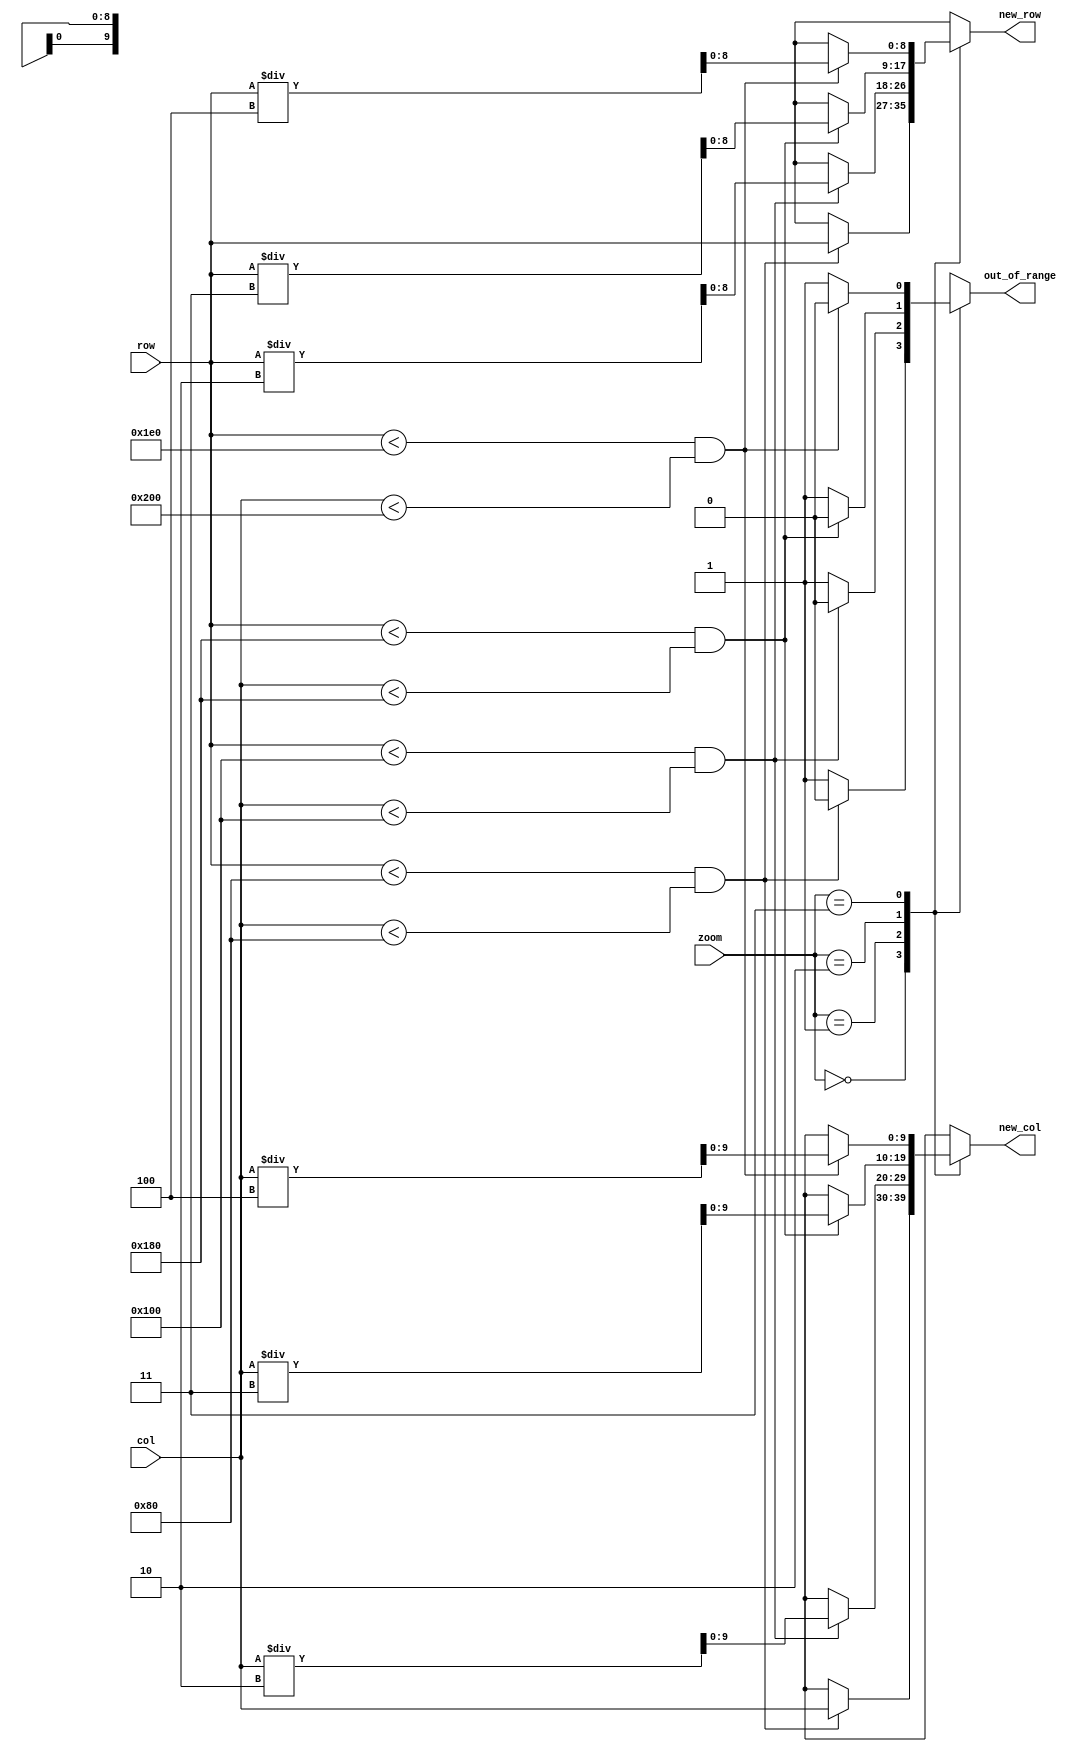
module conv_coord(zoom, col, row, new_col, new_row, out_of_range);

input [1:0] zoom;
input  [9:0]  col;
input  [8:0]  row;

output [9:0] new_col;
output [8:0] new_row;
output out_of_range;

reg [9:0] new_col; //640 max
reg [8:0] new_row; //480 max
reg out_of_range;

always @(*) begin
    new_col = {10{1'bx}};
    new_row = {9{1'bx}};
    out_of_range = 1;
    case(zoom)
        2'b00: begin //no zoom 128*128
            if(row < 9'd128 && col < 10'd128) begin
                new_col = col;
                new_row = row;
                out_of_range = 0;
            end
        end
        2'b01: begin //2x zoom 256*256
            if(row < 9'd256 && col < 10'd256) begin
                new_col = col/2;
                new_row = row/2;
                out_of_range = 0;
            end
        end
        2'b10: begin //3x zoom 384*384
            if(row < 9'd384 && col < 10'd384) begin
                new_col = col/3;
                new_row = row/3;
                out_of_range = 0;
            end
        end
        2'b11: begin //4x zoom 512*480 (col*row)
            if(row < 9'd480 && col < 10'd512) begin
                new_col = col/4;
                new_row = row/4;
                out_of_range = 0;
            end
        end
    endcase
end

endmodule